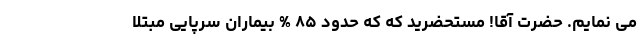
می نمایم. حضرت آقا! مستحضرید که که حدود ۸۵ % بیماران سرپایی مبتلا